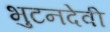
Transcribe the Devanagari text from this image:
भुटनदेवी